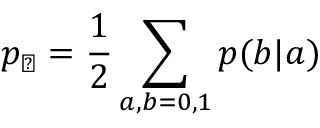
p _ { \checkmark } = \frac { 1 } { 2 } \sum _ { a , b = 0 , 1 } p ( b | a )